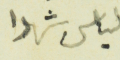
لياس شهدا